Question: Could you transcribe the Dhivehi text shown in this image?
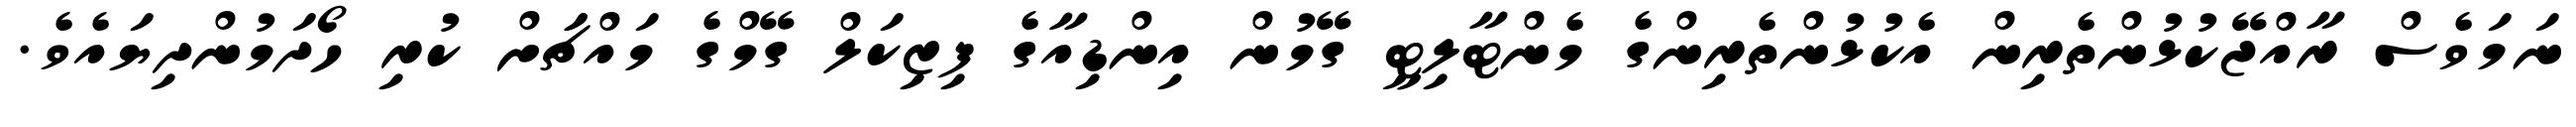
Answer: ނަމަވެސް ރާއްޖޭކުޅުންތެރިން އެކުޅުންތެރިންގެ މެންޓާލިޓީ ގޭމުން އިންޑިއާގެ ފިޒިކަލް ގޭމްގެ މައްޗަަށް ކުރި ހޯދަމުންދިޔައެވެ.